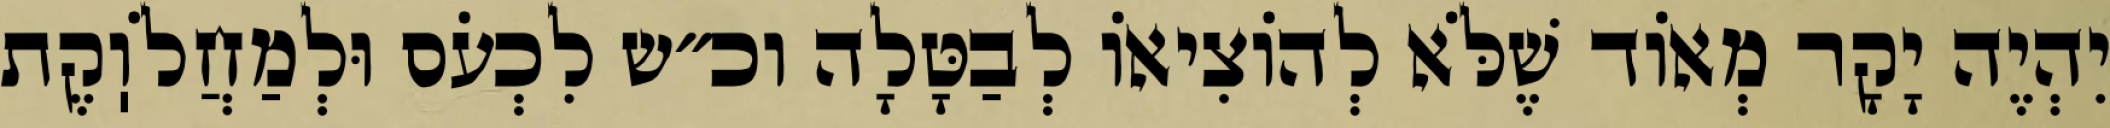
יִהְיֶה יָקָר מְאוֹד שֶׁלֹּא לְהוֹצִיאוֹ לְבַטָּלָה וכ״ש לִכְעֹס וּלְמַחֲלֹוֽקֶת